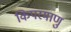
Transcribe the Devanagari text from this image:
किपरमाणु